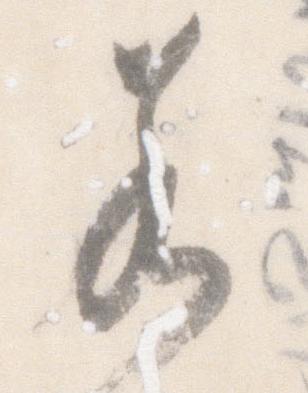
若